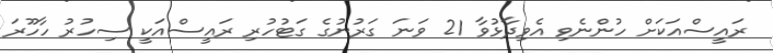
ރައީސްއަކަށް ހުންނެވި އެވިދާޅުވާ 21 ވަނަ ގަރުނުގެ ގަޓުހުރި ރައީސްއަކީ ސިހުރު ހާހޫރަ